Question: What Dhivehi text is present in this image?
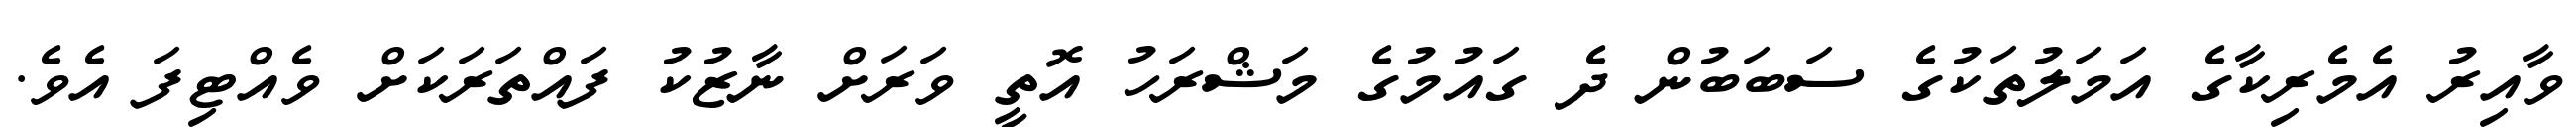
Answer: ވާއިރު އެމެރިކާގެ އަމަލުތަކުގެ ސަބަބުން ދެ ގައުމުގެ މަޝްރަހު އޮތީ ވަރަށް ނާޒުކު ފައްތަރަކަށް ވެއްޓިފަ އެވެ.